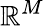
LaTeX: \mathbb{R}^{M}